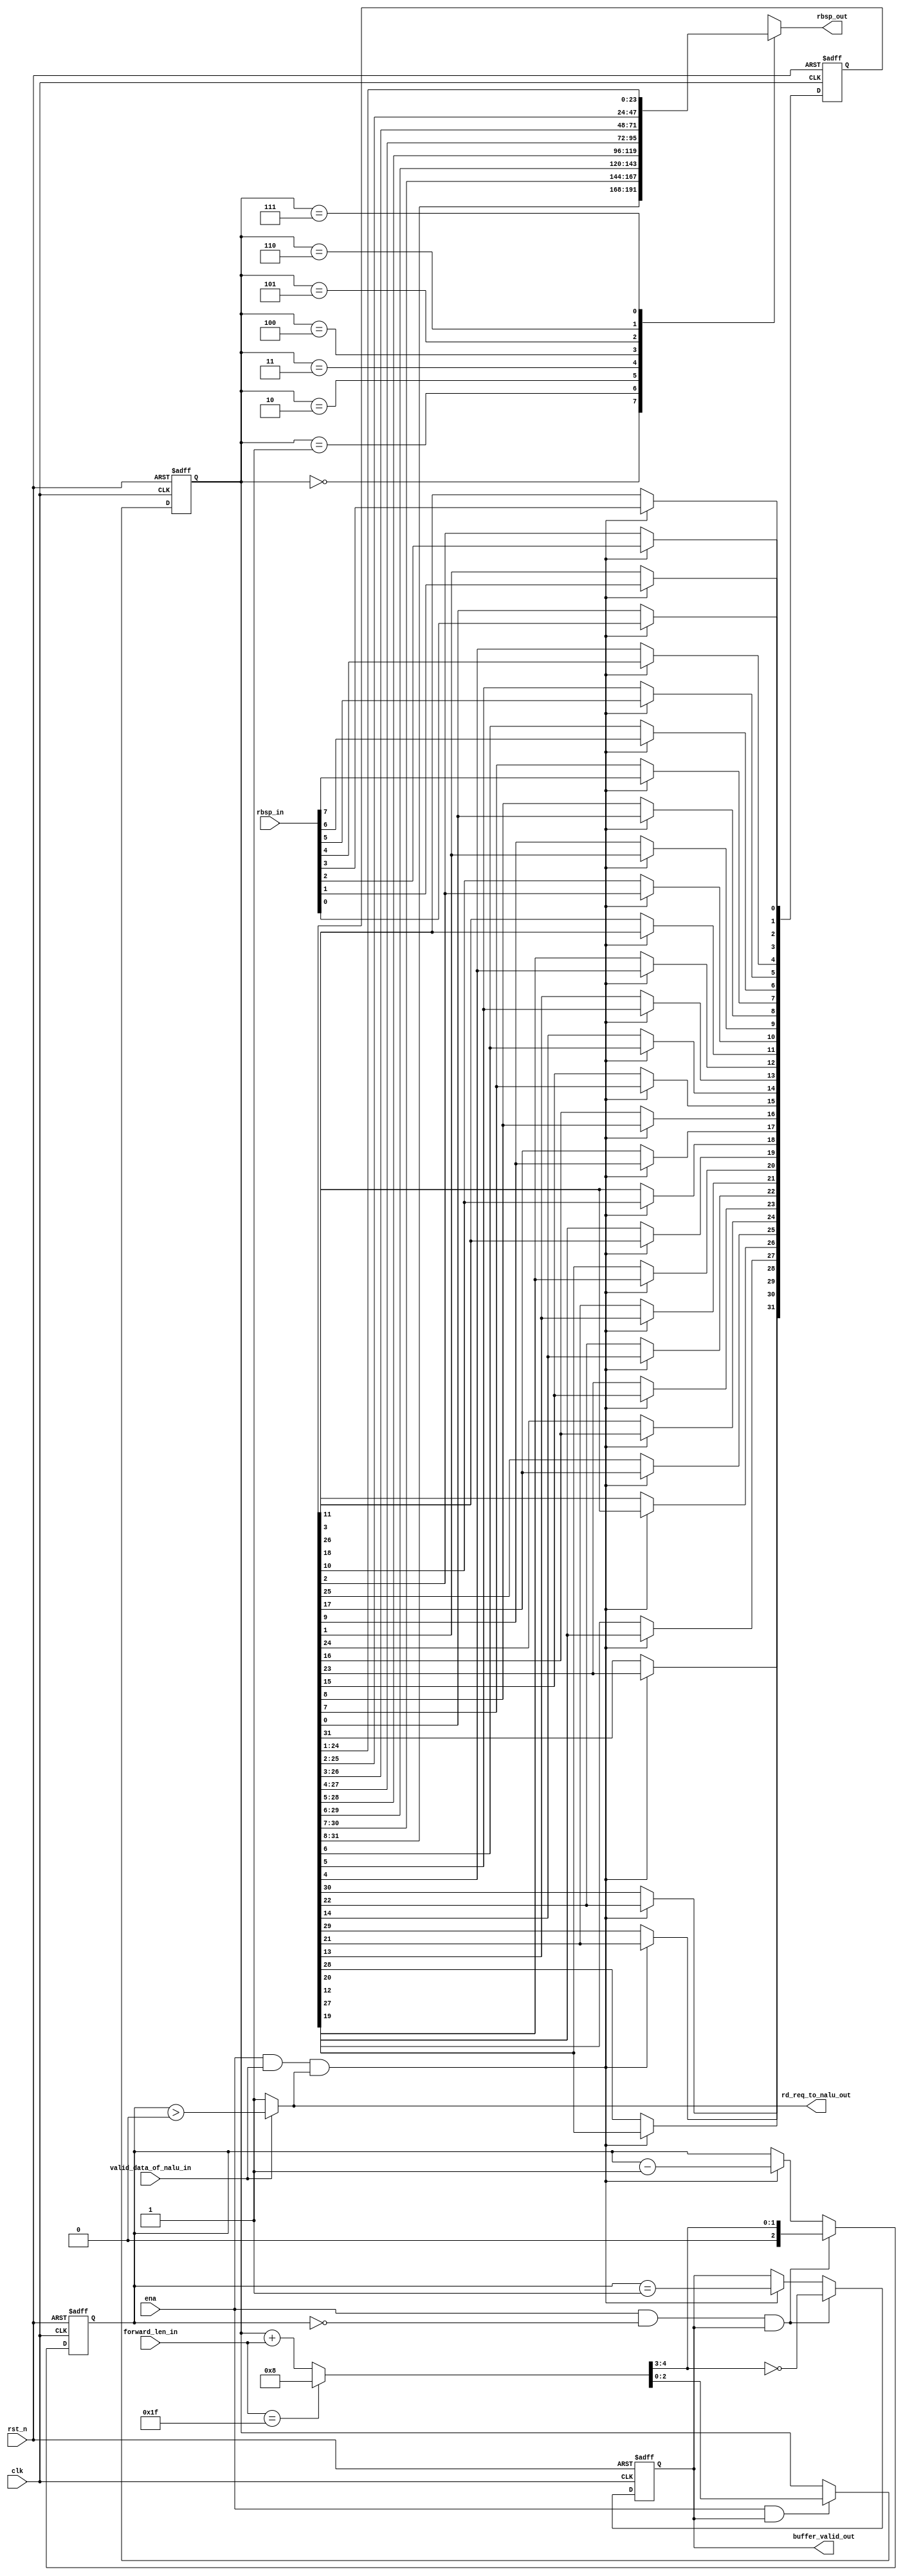
module rbsp_buffer
(
 clk,
 rst_n,
 ena,
 rbsp_in, 
 valid_data_of_nalu_in, 
 forward_len_in,
 rd_req_to_nalu_out,
 rbsp_out,
 buffer_valid_out
);
input clk,rst_n; //global clock and reset
input ena;
input valid_data_of_nalu_in; //enable this module, valid data of nalu 
                             //valid data is the data except for start_code, nalu_head, competition_prevent_code
input [7:0] rbsp_in; //data from read nalu
input [4:0] forward_len_in; //length of bits to forward 

output rd_req_to_nalu_out;		 //read one byte request to read nalu 
output [23:0] rbsp_out;	         //bits output		     
output buffer_valid_out;

reg [31:0] buffer; // store 4 bytes, if 
//next_bits_offset
reg [2:0] bits_offset;
reg [4:0] next_bits_offset;

integer rbsp_bit_counter;
always @(posedge clk or negedge rst_n)
begin
	if (!rst_n)
	begin
		rbsp_bit_counter <= 3'b0;
	end
	else if ( ena && buffer_valid_out && forward_len_in != 'h1f )
	begin
		rbsp_bit_counter <= rbsp_bit_counter + forward_len_in;
	end
end

always @(bits_offset or forward_len_in)
//    if ( forward_len_in == 5'b11111 && bits_offset == 7) // forward_len_in 5'b11111 used to clear rbsp_trailing_bits
//        next_bits_offset <= 8;
    if ( forward_len_in == 'h1f ) // forward_len_in 5'b11111 used to clear rbsp_trailing_bits
        next_bits_offset <= 8;       
    else
        next_bits_offset <= bits_offset + forward_len_in; 

//bits_offset	 
always @(posedge clk or negedge rst_n)
begin
	if (!rst_n)
	begin
		bits_offset <= 3'b0;
	end
	else if ( ena && buffer_valid_out )
	begin
		bits_offset <= next_bits_offset[2:0];
	end
end
		
reg [2:0] num_of_byte_to_fill;
reg buffer_valid_out_int;
//num_of_byte_to_fill
always @ (posedge clk or negedge rst_n) 
    if (!rst_n)
        begin
        	num_of_byte_to_fill <= 4;
            buffer_valid_out_int <= 0;
        end
    else if ( ena && num_of_byte_to_fill == 0 && buffer_valid_out )
        begin
    	    num_of_byte_to_fill <= next_bits_offset[4:3];
    	    buffer_valid_out_int <= (next_bits_offset[4:3] == 0);
    	end
    else if ( ena && valid_data_of_nalu_in  && rd_req_to_nalu_out)
        begin
    	    num_of_byte_to_fill <= num_of_byte_to_fill - 1'b1;
    	    buffer_valid_out_int <= (num_of_byte_to_fill == 1);
        end

assign buffer_valid_out = buffer_valid_out_int;
//equest data from nalu
assign rd_req_to_nalu_out = valid_data_of_nalu_in? (num_of_byte_to_fill > 0) : 1'b1; 
// if nalu output is invalid, request data from nalu again

//buffer
integer i;		
always @ (posedge clk or negedge rst_n) 
if (!rst_n)
	buffer <= 32'b0;
else if (ena && valid_data_of_nalu_in  && rd_req_to_nalu_out)
begin
	for (i = 0 ; i <  8; i = i + 1)
    begin
	   buffer[i+8]  <= buffer[i];
	   buffer[i+16] <= buffer[i+8];		   
	   buffer[i+24] <= buffer[i+16];		
	end
    for (i = 0 ; i < 8 ; i = i + 1)
 	   buffer[i] <= rbsp_in[i];	
end

reg [23:0] rbsp_out;
always@(buffer or bits_offset)
	case (bits_offset)
		0  :rbsp_out <= buffer[31:8];
		1  :rbsp_out <= buffer[30:7];
		2  :rbsp_out <= buffer[29:6];
		3  :rbsp_out <= buffer[28:5];
		4  :rbsp_out <= buffer[27:4];
		5  :rbsp_out <= buffer[26:3];
		6  :rbsp_out <= buffer[25:2];
		7  :rbsp_out <= buffer[24:1];
	endcase
	
endmodule